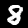
Label: 8